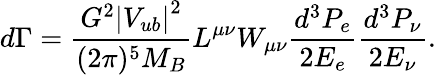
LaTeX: d\Gamma=\frac{G^{2}\left|V_{ub}\right|^{2}}{(2\pi)^{5}M_{B}}L^{\mu\nu}W_{\mu\nu}\frac{d^{3}P_{e}}{2E_{e}}\frac{d^{3}P_{\nu}}{2E_{\nu}}.